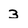
Character: 3